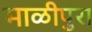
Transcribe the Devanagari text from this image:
माळीपुरा